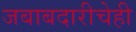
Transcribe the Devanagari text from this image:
जबाबदारीचेही